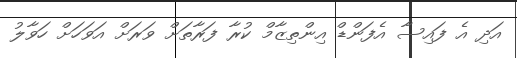
އަދި އެ ފައިސާ އެފަންޑް އިންތިޒާމް ކުރާ ފަރާތަށް ވަރަށް އަވަހަށް ހަވާލު